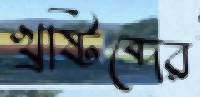
খ্রষ্টিব্দের